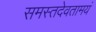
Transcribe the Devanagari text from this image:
समस्तदेवतामयं